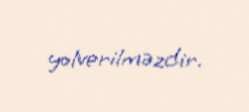
yolverilməzdir.